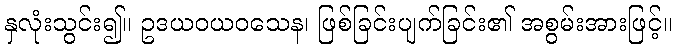
နှလုံးသွင်း၍။ ဥဒယဝယဝသေန၊ ဖြစ်ခြင်းပျက်ခြင်း၏ အစွမ်းအားဖြင့်။